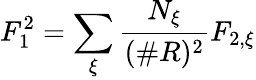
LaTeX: F_{1}^{2}=\sum_{\xi}\frac{N_{\xi}}{(\# R)^{2}}F_{2,\xi}